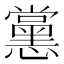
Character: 𭟚